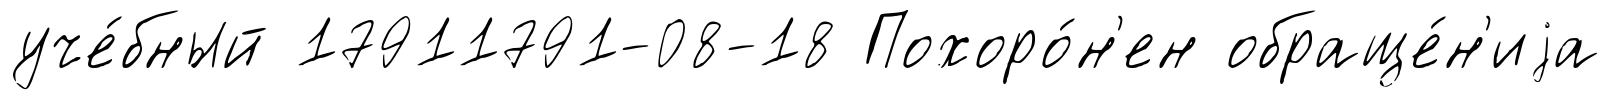
уче́бный 17911791-08-18 Похоро́н'ен обраще́н'иjа